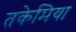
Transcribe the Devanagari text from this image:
तकेमिया